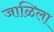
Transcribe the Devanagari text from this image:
जाळिला